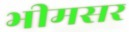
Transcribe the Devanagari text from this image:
भीमसर